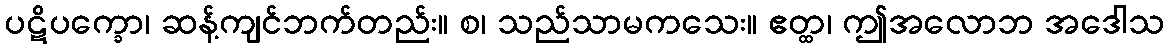
ပဋိပက္ခော၊ ဆန့်ကျင်ဘက်တည်း။ စ၊ သည်သာမကသေး။ ဧတ္ထ၊ ဤအလောဘ အဒေါသ